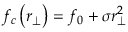
f _ { c } \left( r _ { \perp } \right) = f _ { 0 } + \sigma r _ { \perp } ^ { 2 }